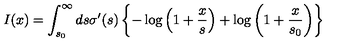
I ( x ) = \int _ { s _ { 0 } } ^ { \infty } d s \sigma ^ { \prime } ( s ) \left\{ - \log \left( 1 + { \frac { x } { s } } \right) + \log \left( 1 + { \frac { x } { s _ { 0 } } } \right) \right\}